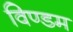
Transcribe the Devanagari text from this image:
विण्डम